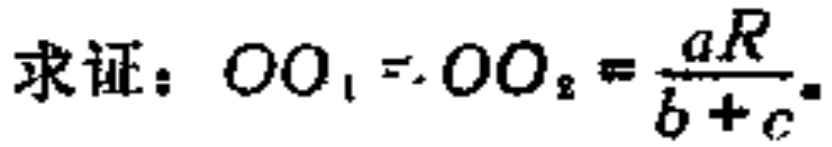
求证：\(OO_{1}=OO_{2}=\frac{aR}{b + c}\)